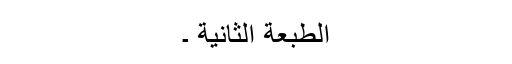
الطبعة الثانیة ۔